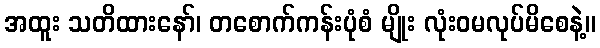
အထူး သတိထားနော်၊ တစောက်ကန်းပုံစံ မျိုး လုံးဝမလုပ်မိစေနဲ့။